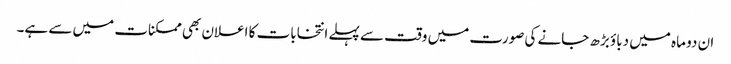
ان دو ماہ میں دباؤ بڑھ جانے کی صورت میں وقت سے پہلے انتخابات کا اعلان بھی ممکنات میں سے ہے۔